Medical and sanitary report on the native army of Bombay for the year
Year: 1879
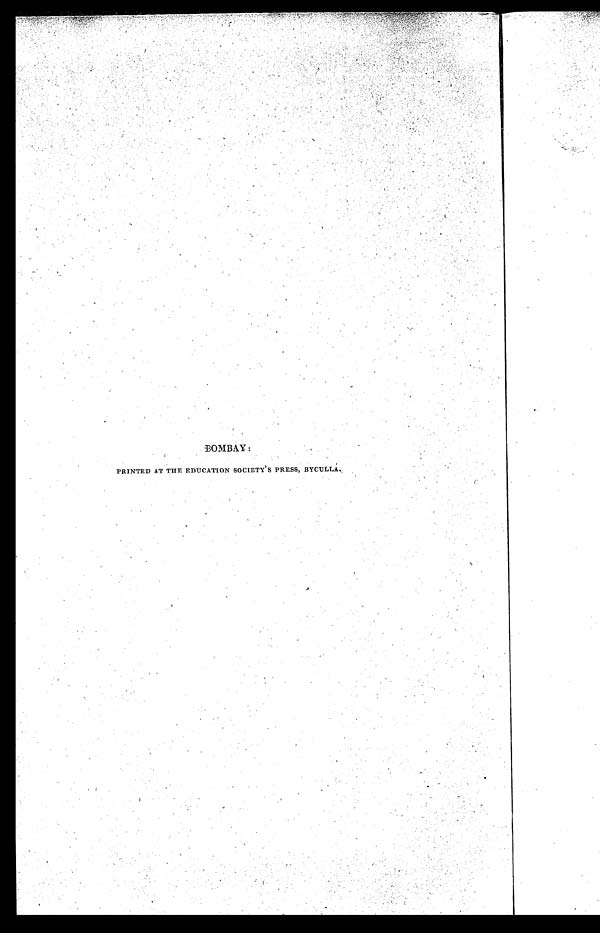
•
BOMBAY:
PRINTED AT THE EDUCATION SOCIETY ' S PRESS, BYCULLA.